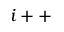
\ \ i + +